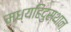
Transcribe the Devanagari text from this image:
मध्यहिंदुस्थान